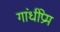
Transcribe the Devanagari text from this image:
गांधीप्रेम